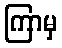
ကြာမှ